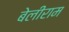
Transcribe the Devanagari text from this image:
बेलीराम